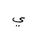
Letter: _ya